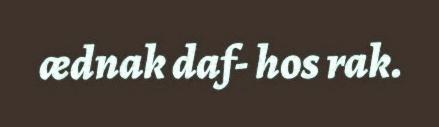
ædnak daf- hos rak.